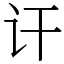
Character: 讦